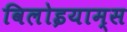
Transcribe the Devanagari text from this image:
विलोइयाम्स